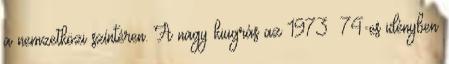
a nemzetközi színtéren. A nagy kiugrás az 1973 74-es idényben